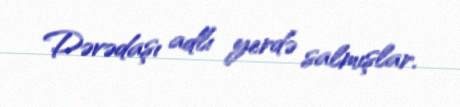
Dəvədaşı adlı yerdə salmışlar.